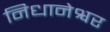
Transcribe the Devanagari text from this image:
निधानेश्वर